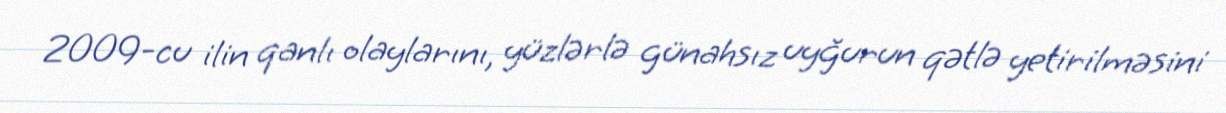
2009-cu ilin qanlı olaylarını, yüzlərlə günahsız uyğurun qətlə yetirilməsini